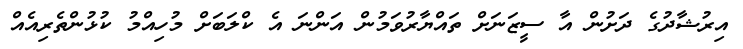
އިރުޝާދުގެ ދަށުން އާ ސީޒަނަށް ތައްޔާރުވަމުން އަންނަ އެ ކްލަބަށް މުހިއްމު ކުޅުންތެރިއެއް